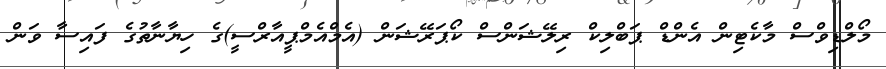
މޯލްޑިވްސް މާކެޓިން އެންޑް ޕަބްލިކް ރިލޭޝަންސް ކޯޕަރޭޝަން (އެމްއެމްޕީއާރްސީ)ގެ ހިޔާނާތުގެ ފައިސާ ވަން